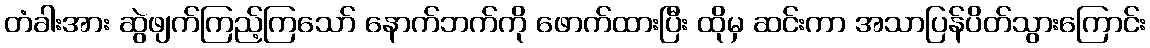
တံခါးအား ဆွဲဖျက်ကြည့်ကြသော် နောက်ဘက်ကို ဖောက်ထားပြီး ထိုမှ ဆင်းကာ အသာပြန်ပိတ်သွားကြောင်း